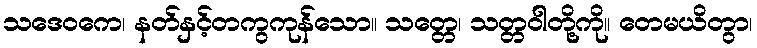
သဒေဝကေ၊ နတ်နှင့်တကွကုန်သော။ သတ္တေ၊ သတ္တဝါတို့ကို။ တေမယိတွာ၊